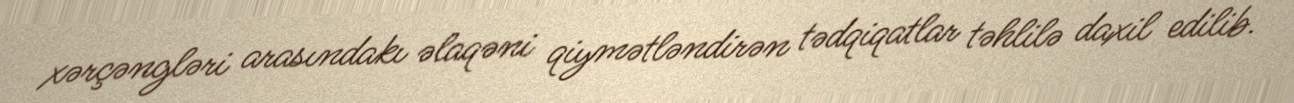
xərçəngləri arasındakı əlaqəni qiymətləndirən tədqiqatlar təhlilə daxil edilib.